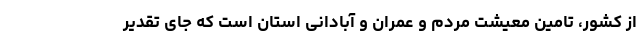
از کشور، تامین معیشت مردم و عمران و آبادانی استان است که جای تقدیر